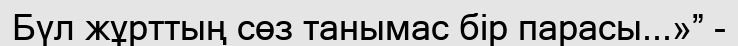
Бүл жұрттың сөз танымас бір парасы...»” -